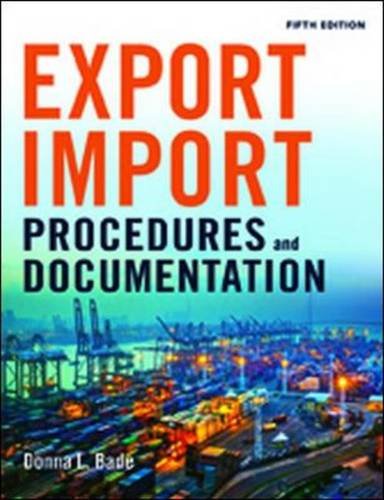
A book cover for Export/Import Procedures and Documentation; Donna L. Bade; Business & Money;